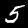
Label: 5